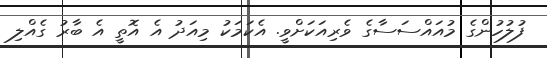
ފުލުހުންގެ މުއައްސަސާގެ ވެރިއަކަށްވީ. އެކަމަކު މިއަދު އެ އޮތީ އެ ބާރު ގެއްލި